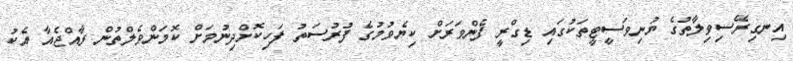
އިނގިރޭސިވިލާތުގެ ޔުނިވަސީޓީތަކުގައި ޑިގްރީ ފެންވަރަށް ކިޔެވުމުގެ ފުރުސަތު ފަހިކޮށްދިނުމަށް ކޮމަންވެލްތުން ރާއްޖެއާ އެކު